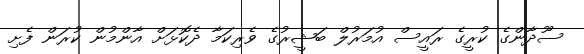
ސޫދާންގެ ކުރީގެ ރައީސް އުމަރުލް ބަޝީރުގެ ވެރިކަމާ ދެކޮޅަށް އާންމުން ކުރަން ފެށި